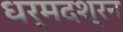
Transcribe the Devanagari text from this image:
धर्मदश्रन